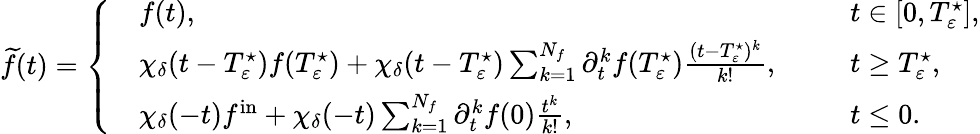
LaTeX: \begin{array}{r}{\widetilde{f}(t)=\left\{ \begin{array}{rlrl}&{f(t),\ \ }&&{t\in[0,T_{\varepsilon}^{\star}],}\\ &{\chi_{\delta}(t-T_{\varepsilon}^{\star})f(T_{\varepsilon}^{\star})+\chi_{\delta}(t-T_{\varepsilon}^{\star})\sum_{k=1}^{N_{f}}\partial_{t}^{k}f(T_{\varepsilon}^{\star})\frac{(t-T_{\varepsilon}^{\star})^{k}}{k!},\ \ }&&{t\geq T_{\varepsilon}^{\star},}\\ &{\chi_{\delta}(-t)f^{\mathrm{in}}+\chi_{\delta}(-t)\sum_{k=1}^{N_{f}}\partial_{t}^{k}f(0)\frac{t^{k}}{k!},\ \ }&&{t\leq 0.}\end{array}\right.}\end{array}